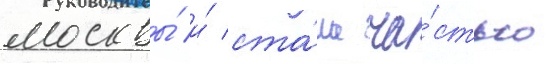
москвы́ и́ ста́ла ча́стью